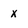
Character: x